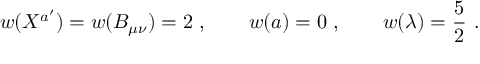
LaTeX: w ( X ^ { a ^ { \prime } } ) = w ( B _ { \mu \nu } ) = 2 \ , \qquad w ( a ) = 0 \ , \qquad w ( \lambda ) = { \frac { 5 } { 2 } } \ .